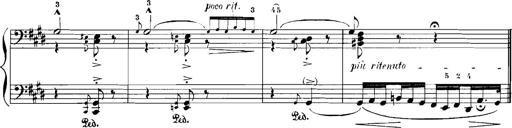
Title: Rhapsodies hongroises
Composer: Franz Liszt